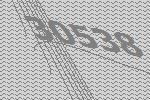
30538